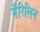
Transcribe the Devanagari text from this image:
मैरिलिन